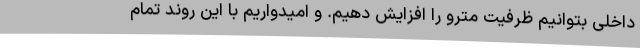
داخلی بتوانیم ظرفیت مترو را افزایش دهیم. و امیدواریم با این روند تمام